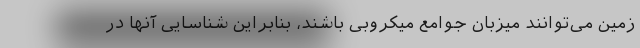
زمین می‌توانند میزبان جوامع میکروبی باشند، بنابراین شناسایی آنها در